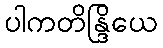
ပါကတိန္ဒြိယေ